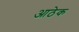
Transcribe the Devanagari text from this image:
आठेक